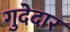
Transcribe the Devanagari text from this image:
गुदेदार